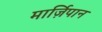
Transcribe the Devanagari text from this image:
मार्ज़िपान